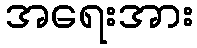
အရေးအား